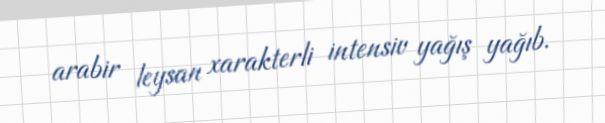
arabir leysan xarakterli intensiv yağış yağıb.